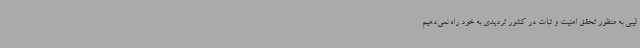
لیبی به منظور تحقق امنیت و ثبات در کشور تردیدی به خود راه نمی‌دهیم